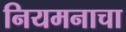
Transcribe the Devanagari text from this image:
नियमनाचा